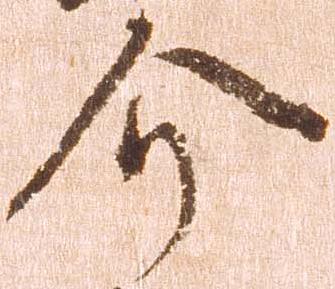
介